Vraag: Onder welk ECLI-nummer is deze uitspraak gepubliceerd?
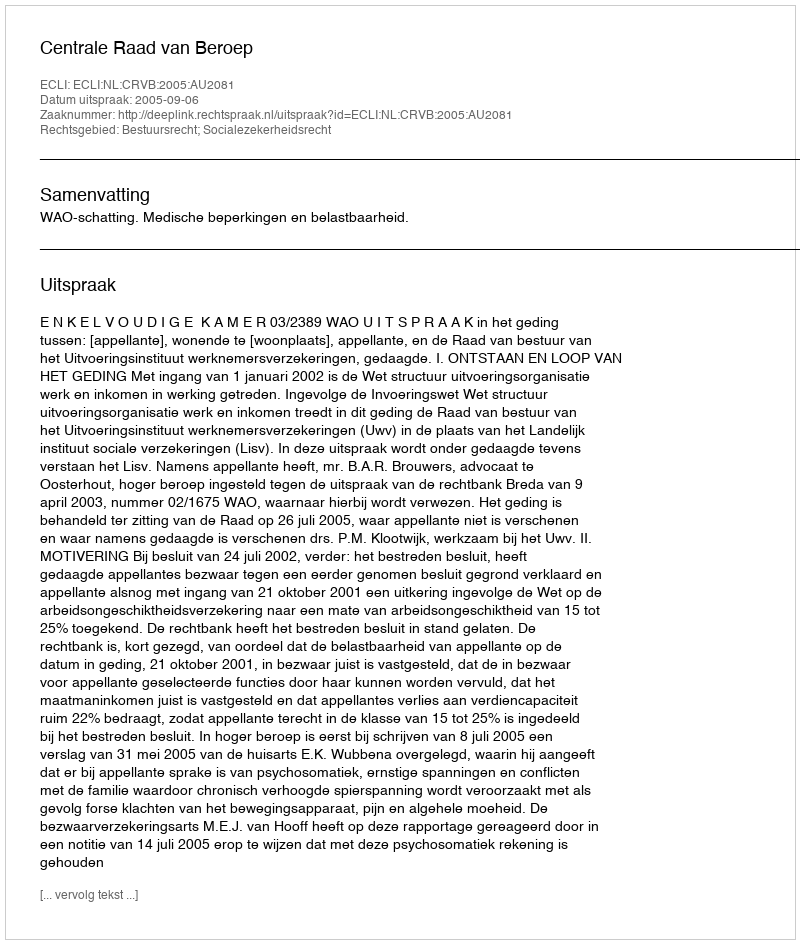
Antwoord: ECLI:NL:CRVB:2005:AU2081